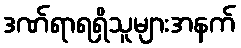
ဒဏ်ရာရရှိသူများအနက်